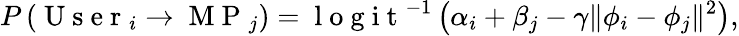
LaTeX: P\left(\mathrm{~U~s~e~r~}_{i}\rightarrow\mathrm{~M~P~}_{j}\right)=\mathrm{~l~o~g~i~t~}^{-1}\left(\alpha_{i}+\beta_{j}-\gamma\| \phi_{i}-\phi_{j}\| ^{2}\right),